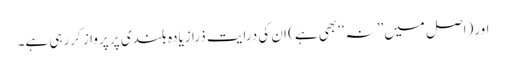
اور(اصل میں’’ نہ‘‘بھی ہے) ان کی درایت ذرا زیادہ بلندی پر پرواز کررہی ہے۔